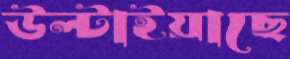
উল্‌টাইয়াছে